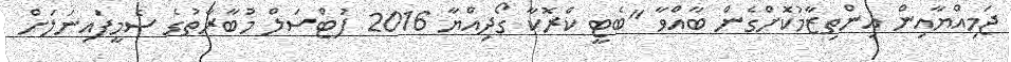
ޖަމިއްޔާއިން އިންތިޒާމުކޮށްގެން ބާއްވާ "ބެޓީ ކްރޮކާ ގޯދިއްޔާ 2016 ފުޓްސަލް މުބާރާތުގެ ސެމީފައިނަލަށް